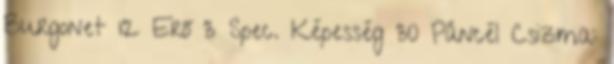
Burgonet 12 Erő 3 Spec. Képesség 30 Páncél Csizma: